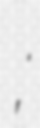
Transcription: ពុទិសែននាងកង្រី;